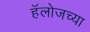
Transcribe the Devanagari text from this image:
हॅलोजच्या